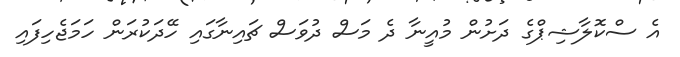
އެ ސްކޮލާޝިޕްގެ ދަށުން މުއީނާ ދެ މަސް ދުވަސް ޗައިނާގައި ހޭދަކުރަން ހަމަޖެހިފައި